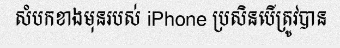
សំបកខាងមុនរបស់ iPhone ប្រសិនបើត្រូវបាន